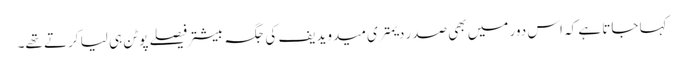
کہا جاتا ہے کہ اس دور میں بھی صدر دیمتری میدویدیف کی جگہ بیشتر فیصلے پوٹن ہی لیا کرتے تھے۔